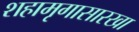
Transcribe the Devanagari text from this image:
शहामृगासारखा